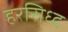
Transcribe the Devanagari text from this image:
हरसिध्द